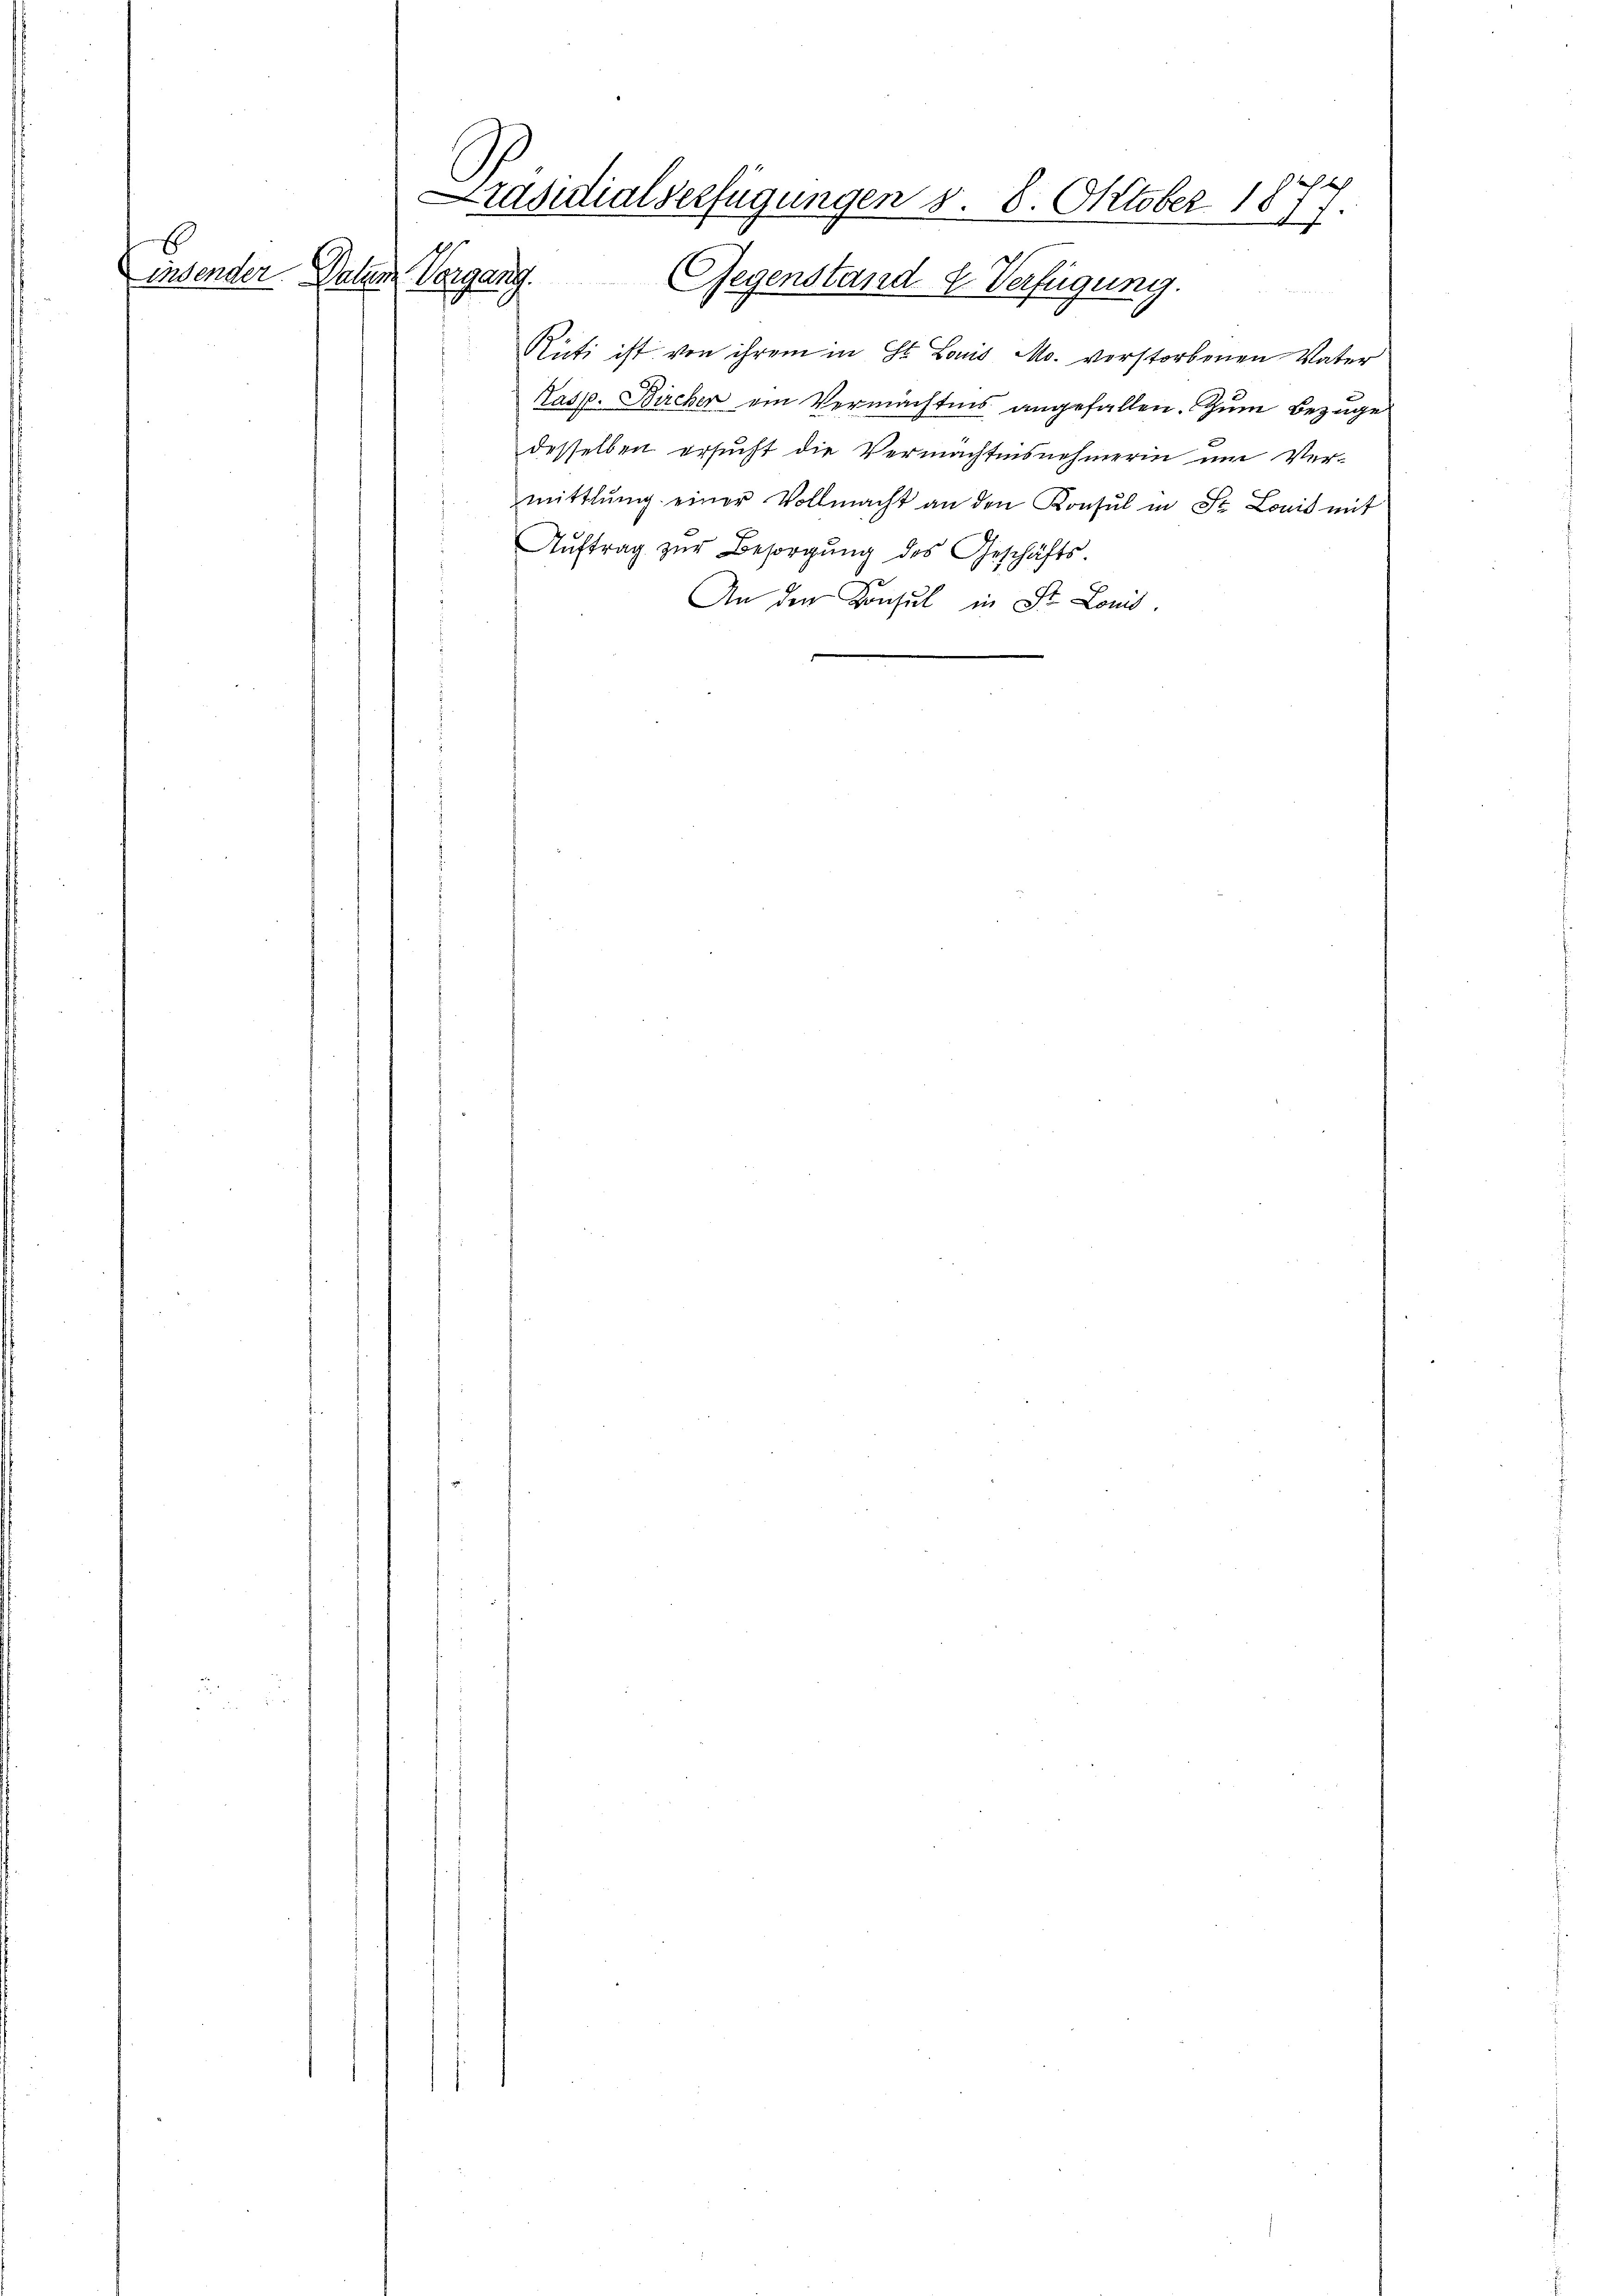
Einsender Vater

Präsidialverfügungen d. 8. Oktober 1877.

Vorgang. Gegenstand u. Verfügung.
i
Rüti ist von ihrem in St. Louis Mo. vorstorbenen Vater
Kasp. Bircher ein Vermächtnis angefallen. Zum Bezuge
desselben ersucht die Vermächtnisnehmerin um Ver-
mittlŭng einer Vollmacht an den Konsul in St. Louis mit
Aŭftrag zŭr Besorgŭng des Geschäfts-
An den Konsul in St. Louis.